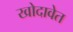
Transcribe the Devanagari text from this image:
खोदावेत